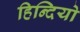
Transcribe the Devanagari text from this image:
हिन्दियो